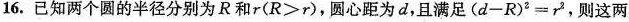
16.已知两个圆的半径分别为R和r(R>r)，圆心距为d，且满足(d-R)^{2} ,=r^{2} ，则这两